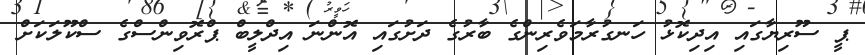
ޕީ ސޫރިޔާގައި އިދިކޮޅު ހަނގުރާމަވެރިންގެ ބާރުގެ ދަށުގައި އޮންނަ އިދްލީބް ޕްރޮވިންސްގެ ސްކޫލަކަށް